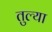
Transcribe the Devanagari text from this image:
तुल्या